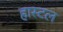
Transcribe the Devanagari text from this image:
हास्टल